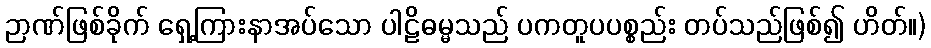
ဉာဏ်ဖြစ်ခိုက် ရှေ့ကြားနာအပ်သော ပါဠိဓမ္မသည် ပကတူပပစ္စည်း တပ်သည်ဖြစ်၍ ဟိတ်။)